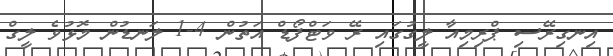
އިނގިރޭސި ޕްރިމިއާ ލީގުގައި ރޭ ވަޓްފޯޑް އަތުން 4-1 ލަނޑުން މޮޅުވެ ލީގް